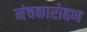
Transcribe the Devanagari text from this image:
मंचकारोहण